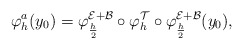
\begin{align*} \varphi_h^a (y_0) = \varphi_{\frac{h}{2}}^{ \mathcal{E} + \mathcal{B}} \circ \varphi_h^{ \mathcal{T} } \circ \varphi_{\frac{h}{2}}^{ \mathcal{E} + \mathcal{B} } (y_0),\end{align*}